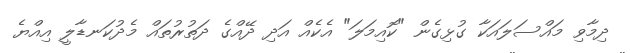
ދިމާވި މައްސަލައަކާ ގުޅިގެން "ކޮއިމަލަ" އެކެއް އަދި ދޭއްގެ ދަތުރުތައް މެދުކަނޑާލީ އިއްޔެ